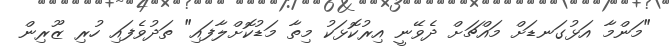
"މަންމާ އަޅުގަނޑަށް މައްޗަށް ދެވޭނީ އިރުކޮޅަކު މިތާ މަޑުކޮށްލާފައި" ތަދުވެފައި ހުރި ޒޫރިން